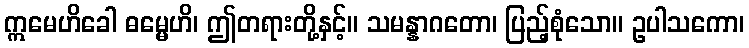
ဣမေဟိခေါ ဓမ္မေဟိ၊ ဤတရားတို့နှင့်။ သမန္နာဂတော၊ ပြည့်စုံသော။ ဥပါသကော၊